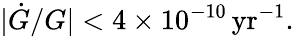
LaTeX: |\dot{G}/G|<4\times 10^{-10}\, \mathrm{yr}^{-1}.